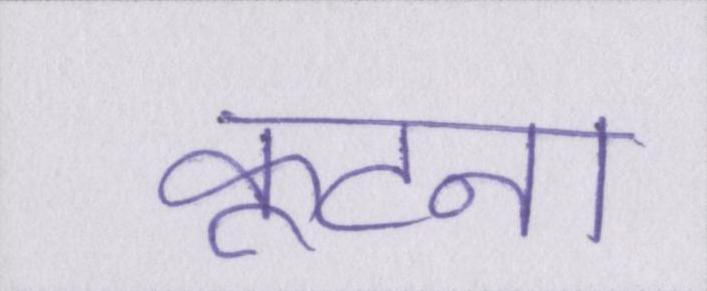
कूटना